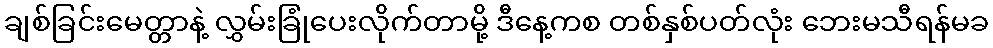
ချစ်ခြင်းမေတ္တာနဲ့ လွှမ်းခြုံပေးလိုက်တာမို့ ဒီနေ့ကစ တစ်နှစ်ပတ်လုံး ဘေးမသီရန်မခ